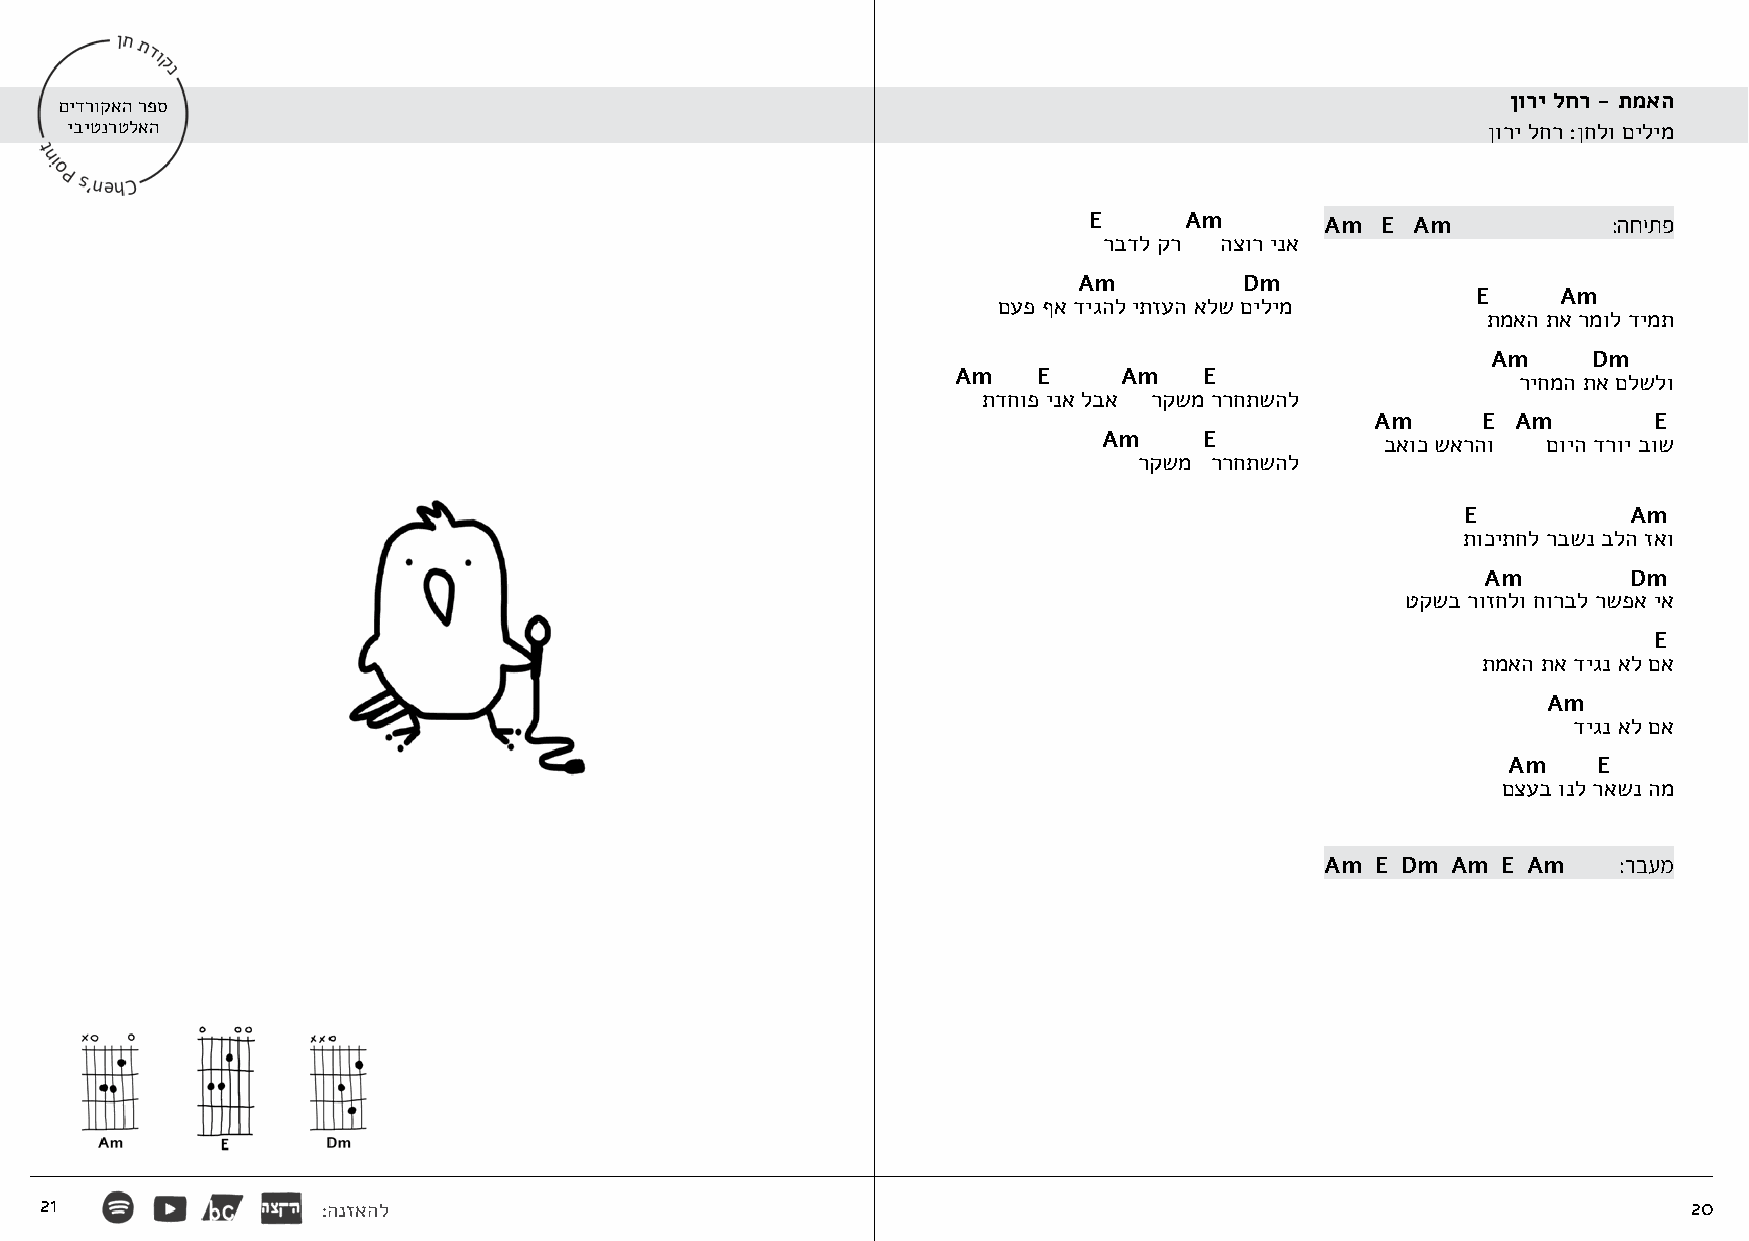
ןורי לחר - תמאה
 םידרוקאה רפס
 יביטנרטלאה                                                                                    ןורי לחר :ןחלו םילימ
 E     Am        Am E  Am           :החיתפ
 רבדל קר הצור ינא
 Am         Dm
 E    Am
 םעפ ףא דיגהל יתזעה אלש םילימ
 תמאה תא רמול דימת
 Am    Dm
 Am    E    Am    E                   ריחמה תא םלשלו
 תדחופ ינא לבא רקשמ ררחתשהל
 Am     E Am       E
 Am     E           באוכ שארהו םויה דרוי בוש
 רקשמ ררחתשהל
 E          Am
 תוכיתחל רבשנ בלה זאו
 Am        Dm
 טקשב רוזחלו חורבל רשפא יא
 E
 תמאה תא דיגנ אל םא
 Am
 דיגנ אל םא
 Am    E
 םצעב ונל ראשנ המ
 Am E Dm Am E Am    :רבעמ
 21                :הנזאהל                                                                                    20